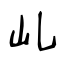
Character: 乢